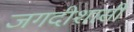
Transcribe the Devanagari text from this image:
जगदीशासी